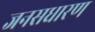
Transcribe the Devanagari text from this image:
जनसधारण